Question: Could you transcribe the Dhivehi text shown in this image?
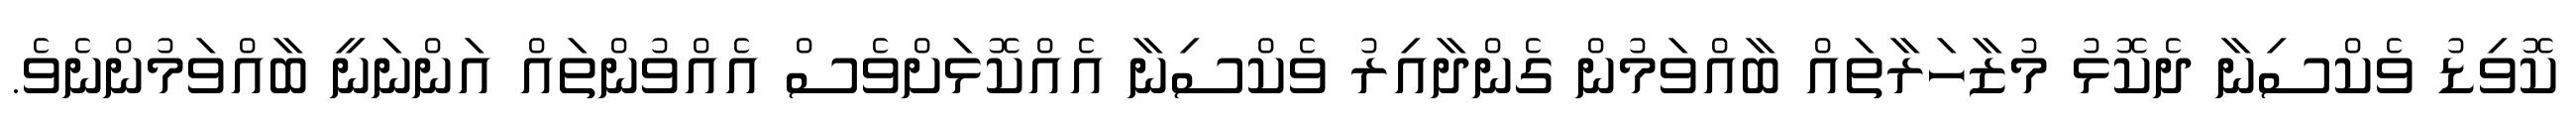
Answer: ކޮވިޑު ވެކްސިނާ ދެކޮޅު މުޒާހަރާތައް ބާއްވަމުން ގެންދާއިރު ވެކްސިނާ އެއްކޮޅަށްވެސް އެއްވުންތައް އަންނަނީ ބާއްވަމުންނެވެ.